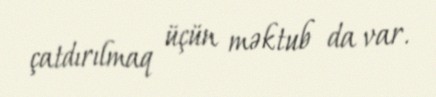
çatdırılmaq üçün məktub da var.